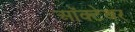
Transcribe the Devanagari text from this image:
आॅक्टेबर